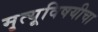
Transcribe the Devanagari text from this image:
मृत्यूविषयीचा